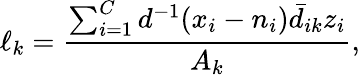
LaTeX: \ell_{k}=\frac{\sum_{i=1}^{C}d^{-1}(x_{i}-n_{i})\bar{d}_{ik}z_{i}}{A_{k}},